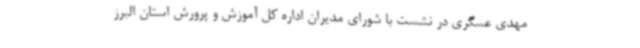
مهدی عسگری در نشست با شورای مدیران اداره کل آموزش و پرورش استان البرز